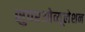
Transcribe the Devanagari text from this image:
सुपरओव्यूलेशन